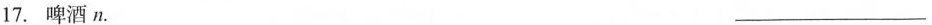
17.啤酒n. ___